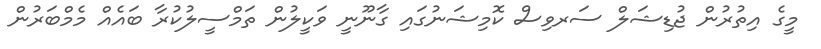
މީގެ އިތުރުން ޖުޑިޝަލް ސަރވިސް ކޮމިޝަނުގައި ގާނޫނީ ވަކީލުން ތަމްސީލުކުރާ ބައެއް މެމްބަރުން